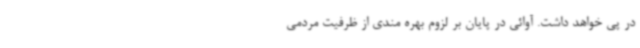
در پی خواهد داشت. آوائی در پایان بر لزوم بهره مندی از ظرفیت مردمی